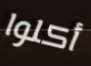
أكلوا